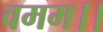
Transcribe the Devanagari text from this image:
वमम।।